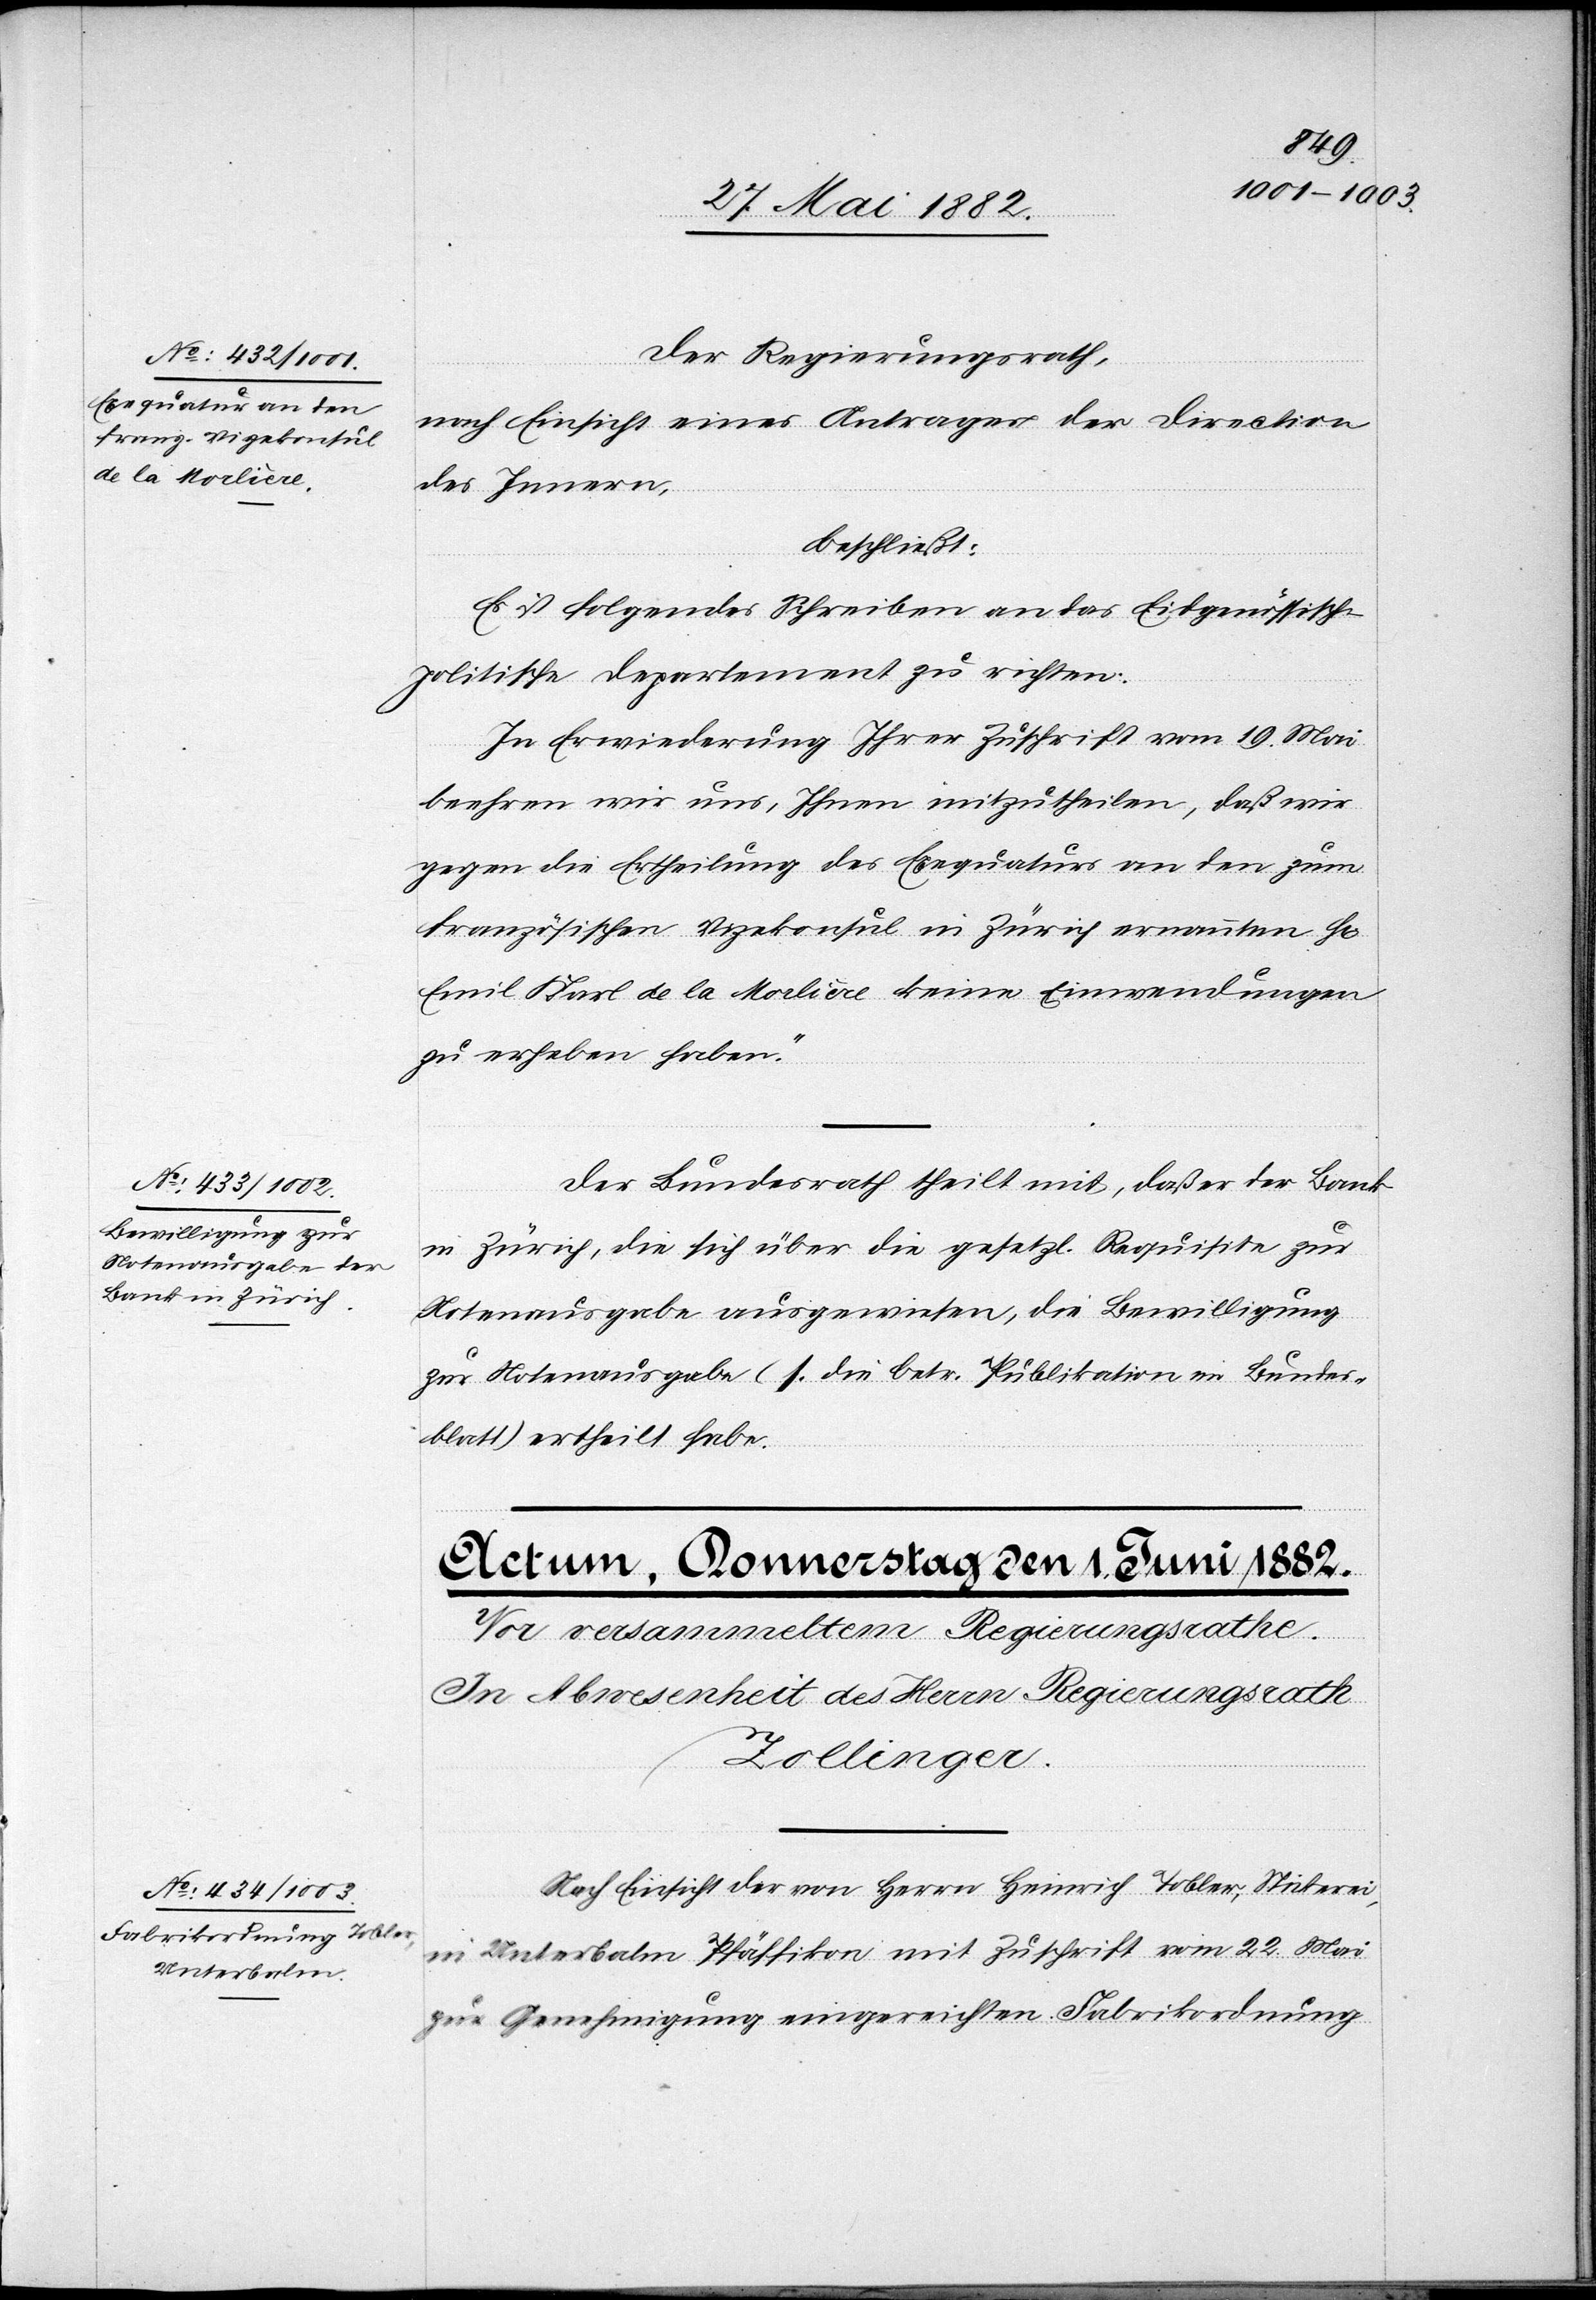
31. Mai 1882.]
Der Regierungsrath,
nach Einsicht eines Antrages der Direction
des Innern,
beschließt:
Es ist folgendes Schreiben an das Eidgenössische
politische Departement zu richten:
„In Erwiederung [sic!] Ihrer Zuschrift vom 19. Mai
beehren wir uns, Ihnen mitzutheilen, daß wir
gegen die Ertheilung des Exequaturs an den zum
französischen Vizekonsul in Zürich ernannten H[rn].
Emil Karl de la Molière keine Einwendungen
zu erheben haben.“
Der Bundesrath theilt mit, daß er der Bank
in Zürich, die sich über die gesetzl. Requisite zur
Notenausgabe ausgewiesen, die Bewilligung
zur Notenausgabe (s. die betr. Publikation im Bundes¬
blatt) ertheilt habe.
Nach Einsicht der von Herrn Heinrich Tobler, Strickerei,
in Unterbalm [-] Pfäffikon mit Zuschrift vom 22. Mai
zur Genehmigung eingereichten Fabrikordnung